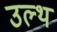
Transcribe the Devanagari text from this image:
उल्थ